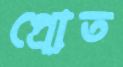
প্রোত